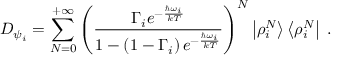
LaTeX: D _ { \psi _ { i } } = \sum _ { N = 0 } ^ { + \infty } { \left( \frac { \Gamma _ { i } e ^ { - { \frac { \hbar \omega _ { i } } { k T } } } } { 1 - \left( 1 - \Gamma _ { i } \right) e ^ { - { \frac { \hbar \omega _ { i } } { k T } } } } \right) } ^ { N } \left| \rho _ { i } ^ { N } \right> \left< \rho _ { i } ^ { N } \right| \; .